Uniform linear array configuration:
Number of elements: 4
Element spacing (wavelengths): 1
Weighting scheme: hamming
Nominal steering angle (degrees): -30
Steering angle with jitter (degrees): -31.678
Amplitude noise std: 0.05
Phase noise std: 0.05

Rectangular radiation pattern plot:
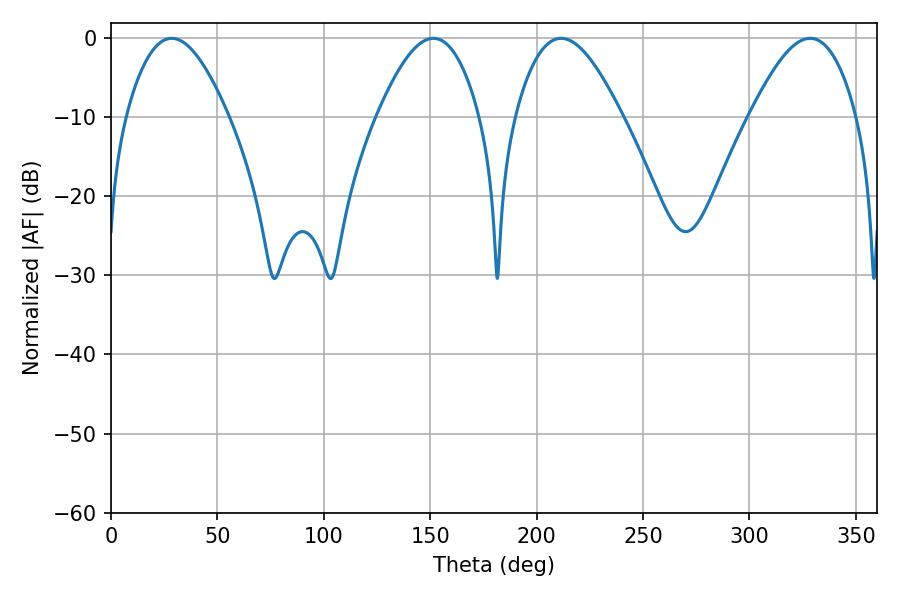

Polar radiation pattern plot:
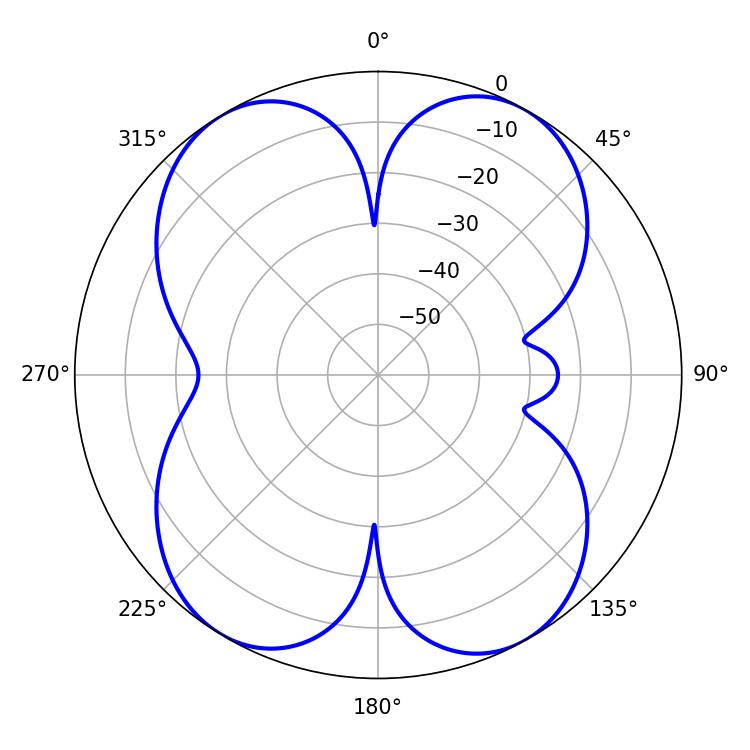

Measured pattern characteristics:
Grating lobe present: TRUE
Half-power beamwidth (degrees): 27
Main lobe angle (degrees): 211.5